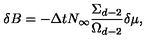
\delta B = - \Delta t N _ { \infty } \frac { \Sigma _ { d - 2 } } { \Omega _ { d - 2 } } \delta \mu ,